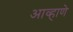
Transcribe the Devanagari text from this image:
आव्हाणे